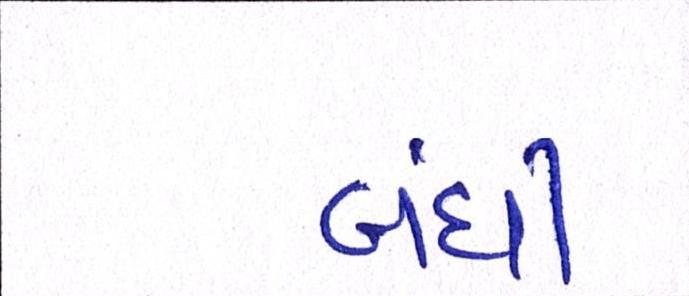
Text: બંધી